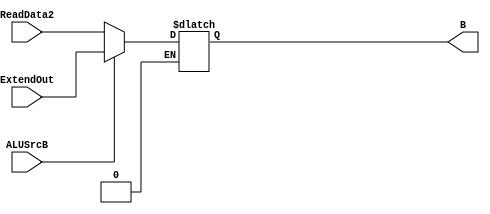
`timescale 1ns / 1ps

module ALUSrcBSelector(
    input ALUSrcB,
    input [31:0]ReadData2,
    input [31:0]ExtendOut,
    output reg[31:0]B
    );
    
    always@(ALUSrcB)
    begin
        if(ALUSrcB==0)
        begin
            B=ReadData2;
        end
        
        else if(ALUSrcB==1)
        begin
            B=ExtendOut;
        end
    end
endmodule